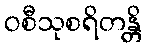
ဝစီသုစရိတန္တိ